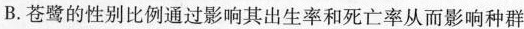
B.苍鹭的性别比例通过影响其出生率和死亡率从而影响种群